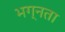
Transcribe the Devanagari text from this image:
भग्नता